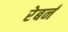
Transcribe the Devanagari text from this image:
रेबर्न